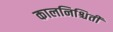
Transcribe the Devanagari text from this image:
कालनिश्चिती